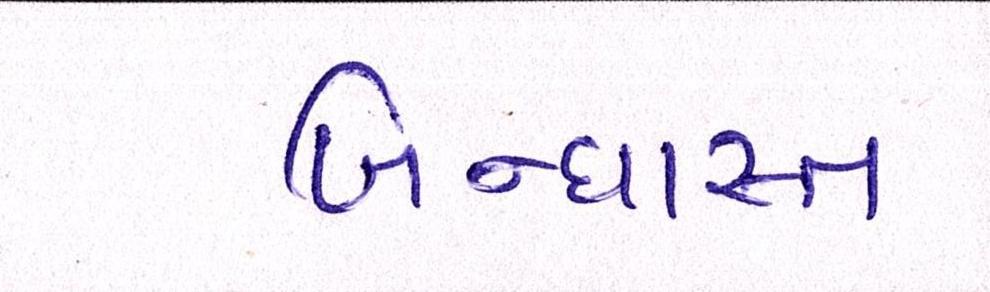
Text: બિન્ધાસ્ત